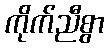
ကိုက်ညီစွာ